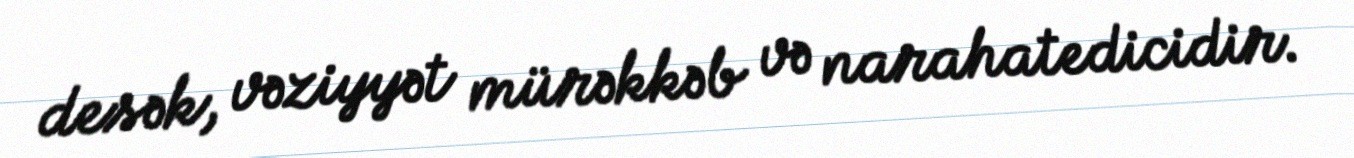
desək, vəziyyət mürəkkəb və narahatedicidir.